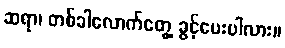
ဆရာ၊ တစ်ခါလောက်တွေ့ ခွင့်ပေးပါလား။